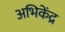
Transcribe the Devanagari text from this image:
अभिकेंद्र